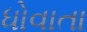
ધોવાતા